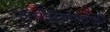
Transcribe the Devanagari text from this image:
असीरियोलॉजी